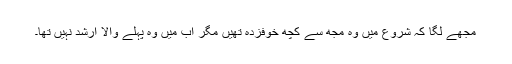
مجھے لگا کہ شروع میں وہ مجھ سے کچھ خوفزدہ تھیں مگر اب میں وہ پہلے والا ارشد نہیں تھا۔